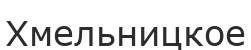
Хмельницкое